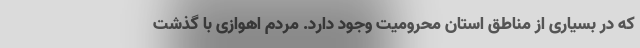
که در بسیاری از مناطق استان محرومیت وجود دارد. مردم اهوازی با گذشت